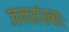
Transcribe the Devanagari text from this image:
जनसंख्याः